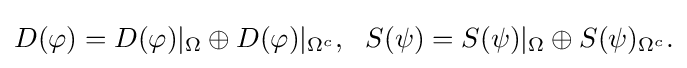
\displaystyle {D(\varphi )=D(\varphi )|_{\Omega }\oplus D(\varphi )|_{\Omega ^{c}},\,\,\,\,S(\psi )=S(\psi )|_{\Omega }\oplus S(\psi )_{\Omega ^{c}}.}